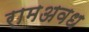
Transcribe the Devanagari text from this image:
रामअवध